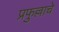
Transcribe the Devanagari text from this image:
प्रफुल्लाचे